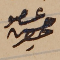
عضو حسن حصِر